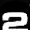
Digit: 2